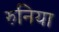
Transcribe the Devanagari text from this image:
रुनिया